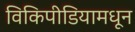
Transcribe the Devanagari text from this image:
विकिपीडियामधून